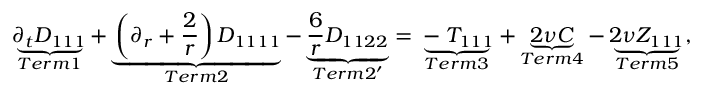
\underbrace { \partial _ { t } D _ { 1 1 1 } } _ { T e r m 1 } + \underbrace { \left( \partial _ { r } + \frac { 2 } { r } \right) D _ { 1 1 1 1 } } _ { T e r m 2 } - \underbrace { \frac { 6 } { r } D _ { 1 1 2 2 } } _ { T e r m 2 ^ { \prime } } = \underbrace { - T _ { 1 1 1 } } _ { T e r m 3 } + \underbrace { 2 \nu C } _ { T e r m 4 } - \underbrace { 2 \nu Z _ { 1 1 1 } } _ { T e r m 5 } ,